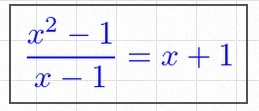
\frac{x^2-1}{x-1}=x+1